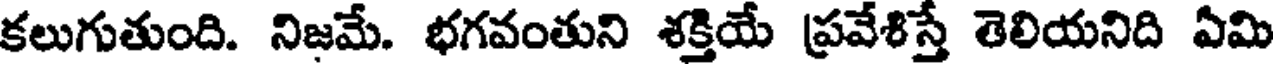
కలుగుతుంది. నిజమే. భగవంతుని శక్తియే ప్రవేశిస్తే తెలియనిది ఏమి